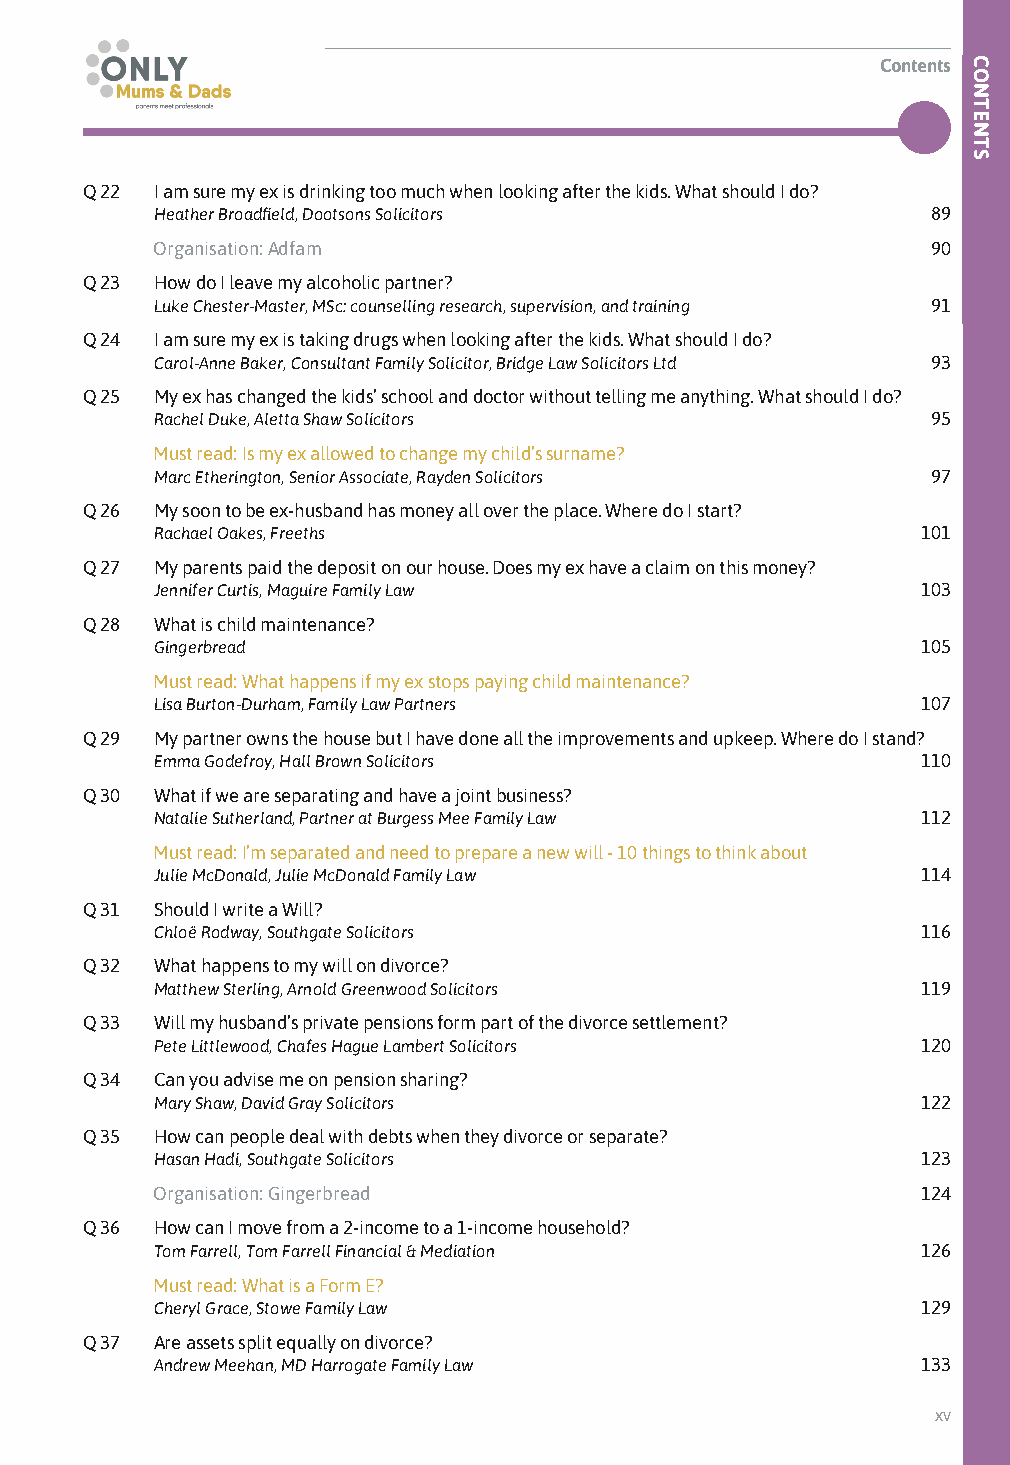
Contents
 Q 22 I am sure my ex is drinking too much when looking after the kids. What should I do?
 Heather Broadfield, Dootsons Solicitors             89
 Organisation: Adfam                                90
 Q 23 How do I leave my alcoholic partner?
 Luke Chester-Master, MSc: counselling research, supervision, and training 91
 Q 24 I am sure my ex is taking drugs when looking after the kids. What should I do?
 Carol-Anne Baker, Consultant Family Solicitor, Bridge Law Solicitors Ltd 93
 Q 25 My ex has changed the kids’ school and doctor without telling me anything. What should I do?
 Rachel Duke, Aletta Shaw Solicitors                 95
 Must read: Is my ex allowed to change my child’s surname?
 Marc Etherington, Senior Associate, Rayden Solicitors 97
 Q 26 My soon to be ex-husband has money all over the place. Where do I start?
 Rachael Oakes, Freeths                             101
 Q 27 My parents paid the deposit on our house. Does my ex have a claim on this money?
 Jennifer Curtis, Maguire Family Law                103
 Q 28 What is child maintenance?
 Gingerbread                                        105
 Must read: What happens if my ex stops paying child maintenance?
 Lisa Burton-Durham, Family Law Partners            107
 Q 29 My partner owns the house but I have done all the improvements and upkeep. Where do I stand?
 Emma Godefroy, Hall Brown Solicitors               110
 Q 30 What if we are separating and have a joint business?
 Natalie Sutherland, Partner at Burgess Mee Family Law 112
 Must read: I’m separated and need to prepare a new will - 10 things to think about
 Julie McDonald, Julie McDonald Family Law          114
 Q 31 Should I write a Will?
 Chloë Rodway, Southgate Solicitors                 116
 Q 32 What happens to my will on divorce?
 Matthew Sterling, Arnold Greenwood Solicitors      119
 Q 33 Will my husband’s private pensions form part of the divorce settlement?
 Pete Littlewood, Chafes Hague Lambert Solicitors   120
 Q 34 Can you advise me on pension sharing?
 Mary Shaw, David Gray Solicitors                   122
 Q 35 How can people deal with debts when they divorce or separate?
 Hasan Hadi, Southgate Solicitors                   123
 Organisation: Gingerbread                         124
 Q 36 How can I move from a 2-income to a 1-income household?
 Tom Farrell, Tom Farrell Financial & Mediation     126
 Must read: What is a Form E?
 Cheryl Grace, Stowe Family Law                     129
 Q 37 Are assets split equally on divorce?
 Andrew Meehan, MD Harrogate Family Law             133
 xv
 CONTENTS